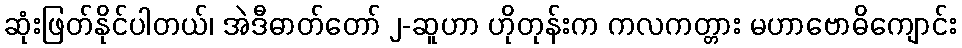
ဆုံးဖြတ်နိုင်ပါတယ်၊ အဲဒီဓာတ်တော် ၂-ဆူဟာ ဟိုတုန်းက ကလကတ္တား မဟာဗောဓိကျောင်း